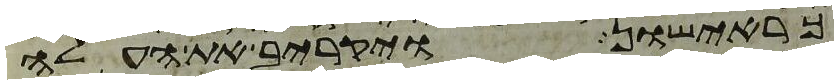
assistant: כראישון ויקרב את העלה